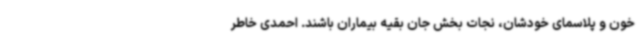
خون و پلاسمای خودشان، نجات بخش جان بقیه بیماران باشند. احمدی خاطر